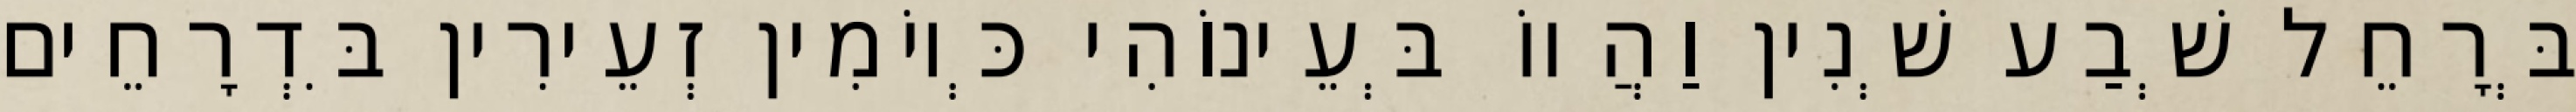
בְּרָחֵל שְׁבַע שְׁנִין וַהֲווֹ בְּעֵינוֹהִי כְּיוֹמִין זְעֵירִין בִּדְרָחֵים